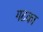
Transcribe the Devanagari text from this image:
गटका